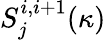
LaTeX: S_{j}^{i,i+1}(\kappa)